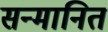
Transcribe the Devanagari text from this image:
सन्‍मानित